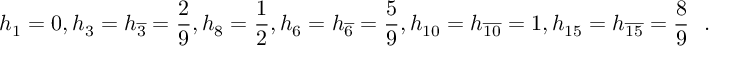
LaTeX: h _ { 1 } = 0 , h _ { 3 } = h _ { \overline { { { 3 } } } } = \frac { 2 } { 9 } , h _ { 8 } = \frac { 1 } { 2 } , h _ { 6 } = h _ { \overline { { { 6 } } } } = \frac { 5 } { 9 } , h _ { 1 0 } = h _ { \overline { { { 1 0 } } } } = 1 , h _ { 1 5 } = h _ { \overline { { { 1 5 } } } } = \frac { 8 } { 9 } \ \ .